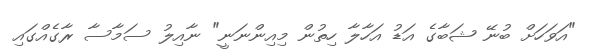
"އަވަހަށް ބުނޭ ޝަބާގެ އަޑު އަހާލާ ހިތުން މިއިންނަނީ" ނާއިލު ސަމާސާ ރާގެއްގައި